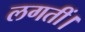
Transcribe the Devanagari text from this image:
लगतीं।